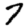
Digit: 7